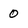
Character: 0